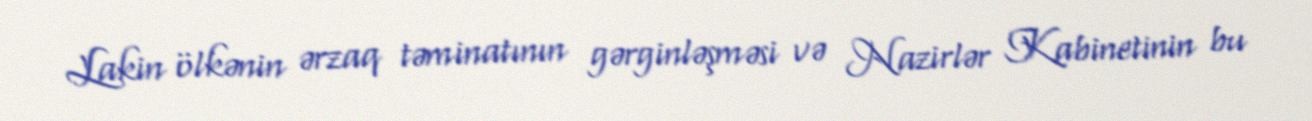
Lakin ölkənin ərzaq təminatının gərginləşməsi və Nazirlər Kabinetinin bu